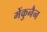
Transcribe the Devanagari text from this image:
मेंकुनैन